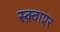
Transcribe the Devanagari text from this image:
स्क़्वाएर